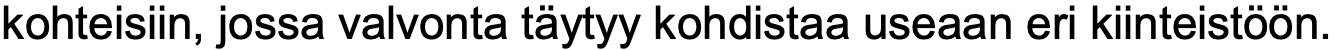
kohteisiin, jossa valvonta täytyy kohdistaa useaan eri kiinteistöön.